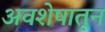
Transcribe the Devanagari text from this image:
अवशेषातून